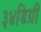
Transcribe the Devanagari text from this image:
३४डिग्री